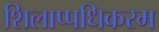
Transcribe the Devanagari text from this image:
शिलाप्पधिकरम